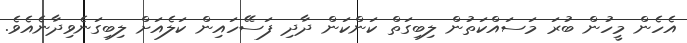
އެހެން މީހުން ބުރަ މަސައްކަތުން ލިބިގަތް ކަންކަން ދާދި ފަސޭހައިން ކަލެއަށް ލިބިގަނެވިދާނެއެވެ.